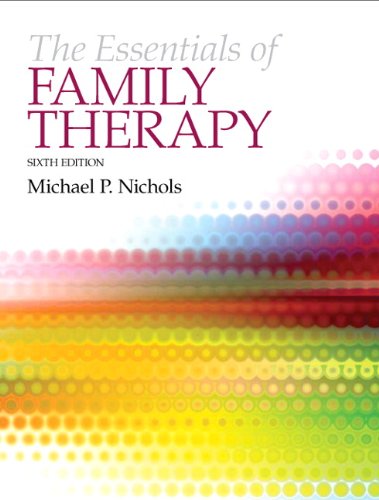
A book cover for The Essentials of Family Therapy (6th Edition); Michael P. Nichols; Medical Books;